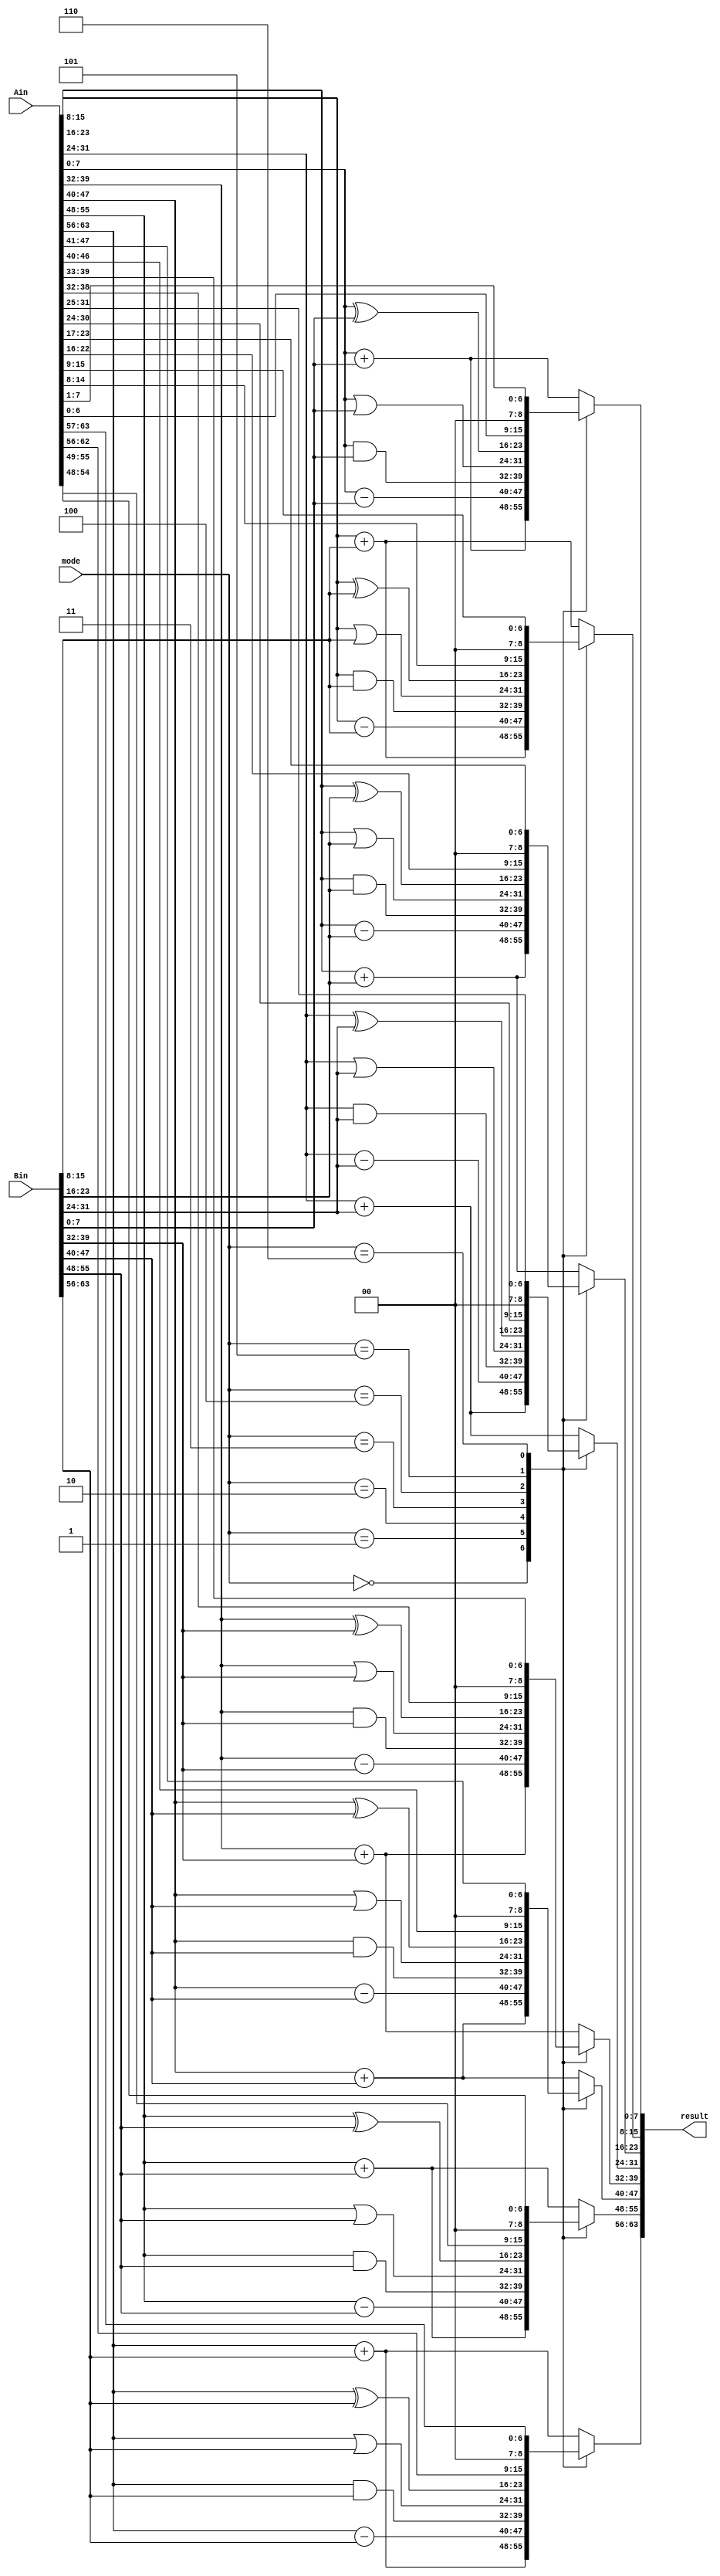
//N-bit ALU///
//Thea Zhu///

module ALU(Ain, Bin,mode, result);
 
 parameter N1 = 8;
 input [N1*8-1:0] Ain, Bin;
 input [2:0] mode;
 output reg [N1*8-1:0] result;
 
 
//  wire [N1*8-1:0] tmp;
//  assign tmp = {1'b0,Ain} +{1'b0,Bin};

//  output reg overflow = tmp[N1*8];
 


integer i;
always @(*) begin
        for (i = 0; i<N1; i=i+1) begin
                case(mode)
				    3'b000: // addition
					    result[i*N1 +: N1]= Ain[i*N1 +: N1] + Bin[i*N1 +: N1];
				    3'b001: //subtraction
					    result[i*N1 +: N1+1] = Ain[i*N1 +: N1] - Bin[i*N1+: N1];
				    3'b010: //logical AND
					    result [i*N1 +: N1+1] = Ain[i*N1 +: N1] & Bin[i*N1 +: N1]; 
				    3'b011: //logical OR
					    result [i*N1 +: N1+1] = Ain[i*N1 +: N1] | Bin[i*N1 +: N1];
				    3'b100: //logical XOR
					    result [i*N1 +: N1+1] = Ain[i*N1 +: N1] ^ Bin[i*N1 +: N1];
				    3'b101: //logical shift left
					    result [i*N1 +: N1+1] = Ain[i*N1 +: N1]<< 1;
				    3'b110:// logical shift right
					    result [i*N1 +: N1+1] = Ain[i*N1 +: N1] >> 1;
				    default:
					    result [i*N1 +: N1+1] = Ain[i*N1 +: N1] + Bin[i*N1 +: N1];
			    endcase
        end
        // for(i = 0; i< N1; i=i+1) begin
			


end



endmodule